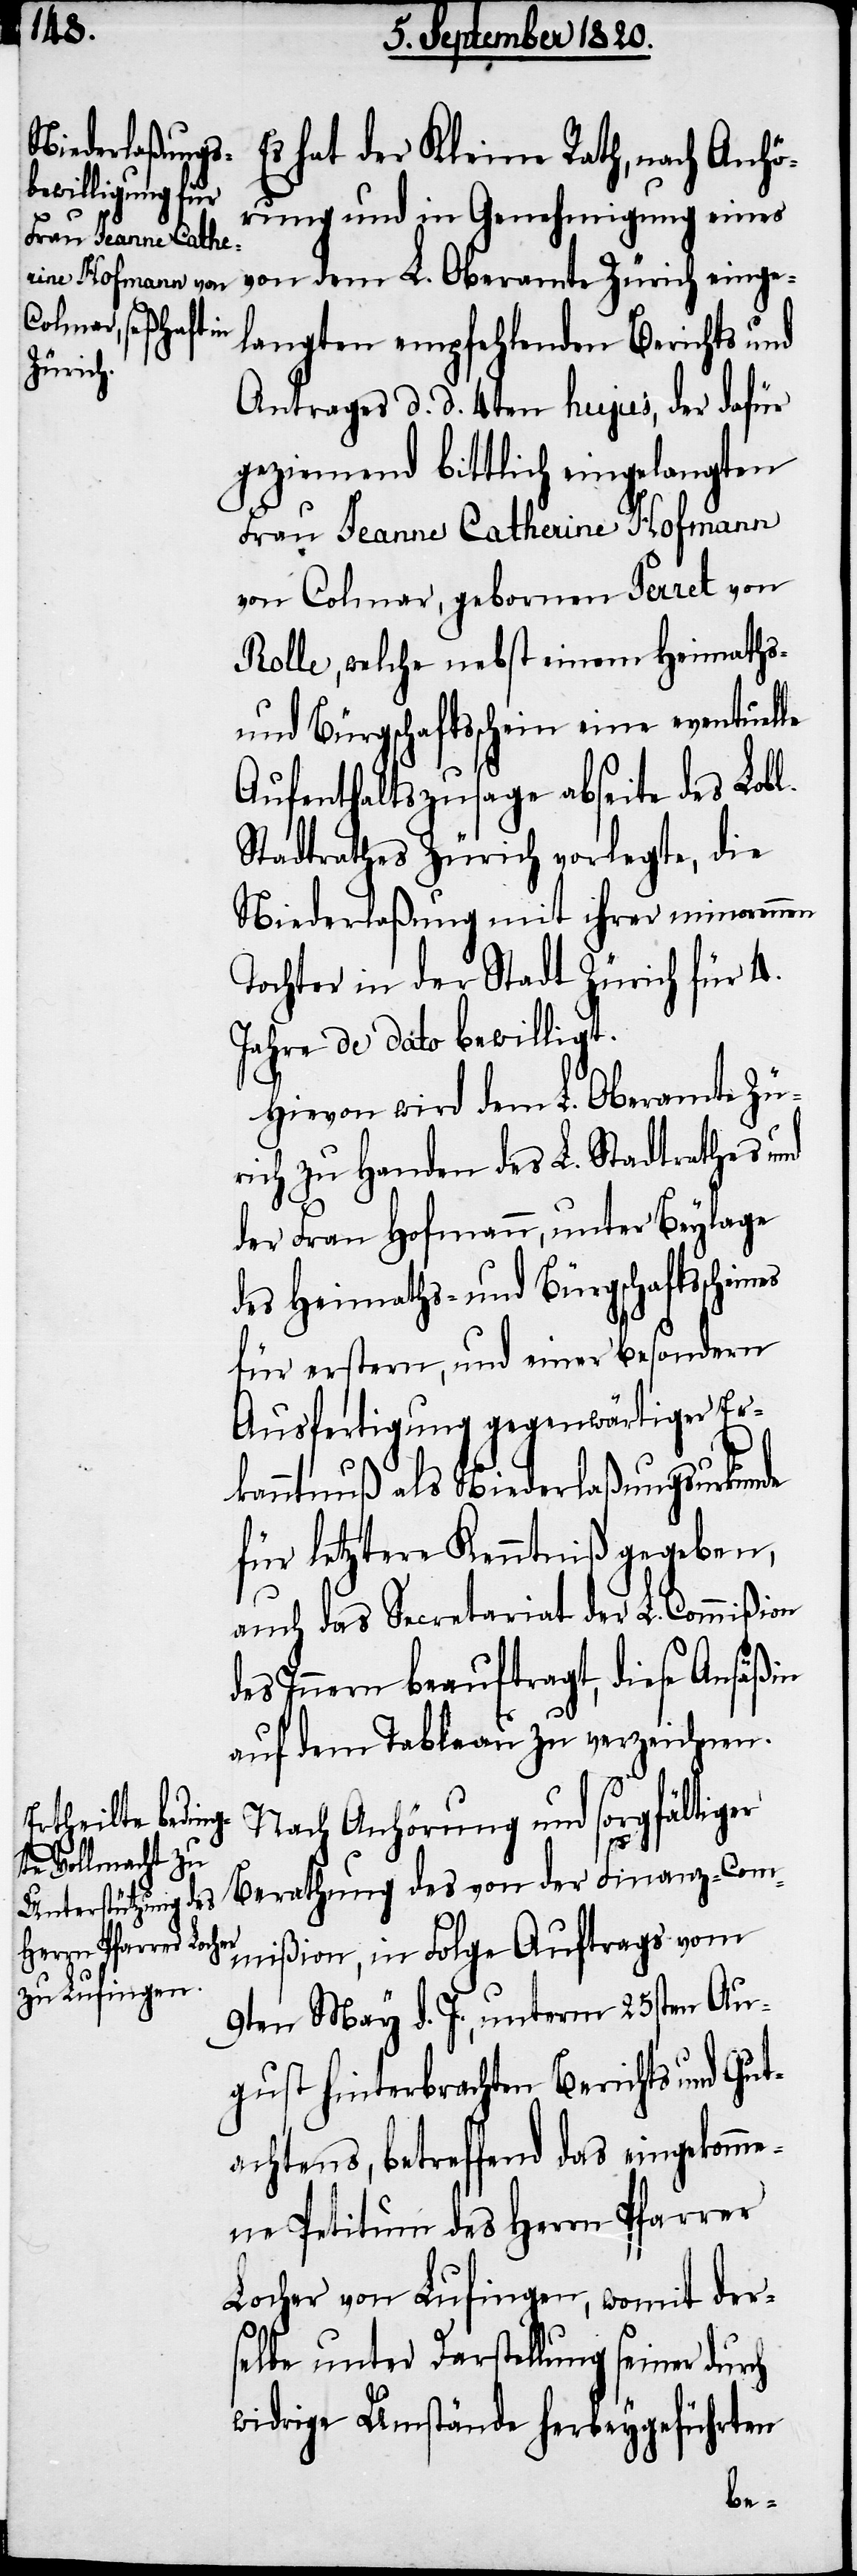
on

Es hat der Kleine Rath, nach Anhö¬
rung und in Genehmigung eines
von dem L. Oberamte Zürich einge¬
langten empfehlenden Berichts und
Antrages d. d. 4ten hujus, der dafür
geziemend bittlich eingelangten
Frau Jeanne Catherine Hofmann
von Colmar, gebornen Perret, von
Rolle, welche nebst einem Heimaths-
und Bürgschaftsschein eine eventuelle
Aufenthaltszusage abseite des Lobl.
Stadtrathes Zürich vorlegte, die
Niederlaßung mit ihrer minorennen
Tochter in der Stadt Zürich für 4.
Jahre de dato bewilligt.
Hievon wird dem L. Oberamte Zü¬
rich zu Handen des L. Stadtrathes und
der Frau Hofmann, unter Beylage
des Heimaths- und Bürgschaftsschei¬
für erstern, und einer besondern
Ausfertigung gegenwärtiger Er¬
kanntnuß als Niederlaßungsurkunde
für letztere Kenntniß gegeben,
auch das Secretariat der L. Commißi¬
des Innern beauftragt, diese Ansäßin
auf dem Tableau zu verzeichnen.
Nach Anhörung und sorgfältiger
Berathung des von der Finanz-Com¬
mißion, in Folge Auftrags vom
9ten May d. J., unterm 25sten Au¬
gust hinterbrachten Berichts und Gut¬
achtens, betreffend das eingekomm¬
ene Petitum des Herrn Pfarrer
Locher von Lufingen, womit der¬
selbe unter Darstellung seiner durch
widrige Umstände herbeygeführten